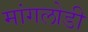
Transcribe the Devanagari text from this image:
मांगलोडी